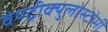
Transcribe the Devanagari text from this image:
वेण्ट्रीक्युलोस्टोमी